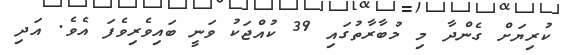
ކުރިޔަށް ގެންދާ މި މުބާރާތުގައި 39 ކުއްޖަކު ވަނީ ބައިވެރިވެފަ އެވެ. އަދި